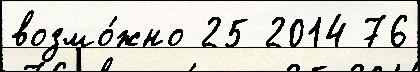
возмо́жно 25 2014 76